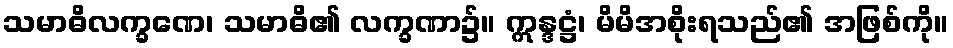
သမာဓိလက္ခဏေ၊ သမာဓိ၏ လက္ခဏာ၌။ ဣန္ဒဋ္ဌံ၊ မိမိအစိုးရသည်၏ အဖြစ်ကို။